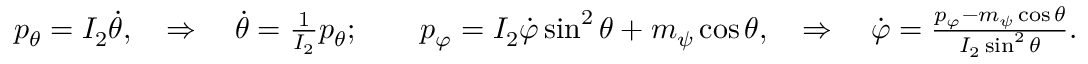
\begin{array} { r } { p _ { \theta } = I _ { 2 } \dot { \theta } , \quad \Rightarrow \quad \dot { \theta } = \frac { 1 } { I _ { 2 } } p _ { \theta } ; \qquad p _ { \varphi } = I _ { 2 } \dot { \varphi } \sin ^ { 2 } \theta + m _ { \psi } \cos \theta , \quad \Rightarrow \quad \dot { \varphi } = \frac { p _ { \varphi } - m _ { \psi } \cos \theta } { I _ { 2 } \sin ^ { 2 } \theta } . } \end{array}